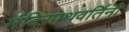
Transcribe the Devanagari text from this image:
मंदिरपथवर्तिनी